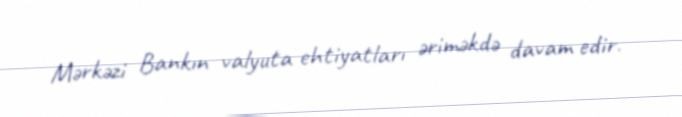
Mərkəzi Bankın valyuta ehtiyatları əriməkdə davam edir.